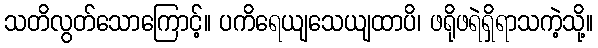
သတိလွတ်သောကြောင့်။ ပကိရေယျသေယျထာပိ၊ ဖရိုဖရဲရှိရာသကဲ့သို့။